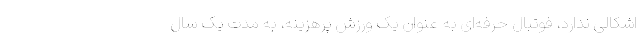
اشکالی ندارد، فوتبال حرفه‌ای به عنوان یک ورزش پرهزینه، به مدت یک سال